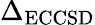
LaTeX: \Delta_{\mathrm{ECCSD}}